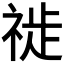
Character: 𱵖